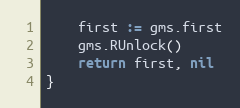
Language: Go
	first := gms.first
	gms.RUnlock()
	return first, nil
}